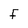
Character: F